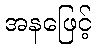
အနဖြေင့်